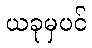
ယခုမှပင်